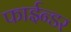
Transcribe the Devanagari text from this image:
फाईन्डर